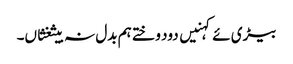
بیڑی ئے کہنیں دود وختے ہم بدل نہ بیثغثاں۔